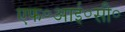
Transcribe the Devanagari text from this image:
एफ॰आई॰सी॰